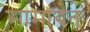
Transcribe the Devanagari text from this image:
सामांयतः